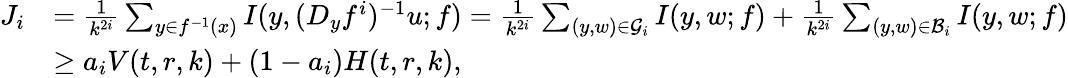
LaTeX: \begin{array}{rl}{J_{i}}&{=\frac{1}{k^{2i}}\sum_{y\in f^{-1}(x)}I(y,(D_{y}f^{i})^{-1}u;f)=\frac{1}{k^{2i}}\sum_{(y,w)\in\mathcal{G}_{i}}I(y,w;f)+\frac{1}{k^{2i}}\sum_{(y,w)\in\mathcal{B}_{i}}I(y,w;f)}\\ &{\ge a_{i}V(t,r,k)+(1-a_{i})H(t,r,k),}\end{array}